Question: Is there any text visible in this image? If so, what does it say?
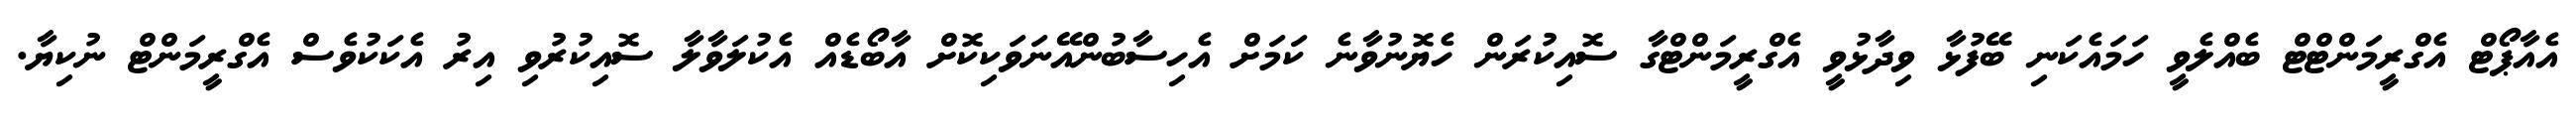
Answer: އެއާޕޯޓް އެގްރީމަންޓްޓް ބެއްލެވީ ހަމައެކަނި ބޭފުޅާ ވިދާޅުވީ އެގްރީމަންޓްގާ ސޮއިކުރަން ހެޔޮނުވާނެ ކަމަށް އެހިސާބުންއޭނަވަކިކޮށް އާބޯޑެއް އެކުލަވާލާ ސޮއިކުރުވި އިރު އެކަކުވެސް އެގްރީމަންޓް ނުކިޔާ.